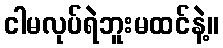
ငါမလုပ်ရဲဘူးမထင်နဲ့။